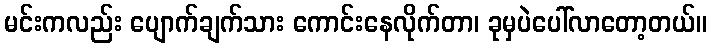
မင်းကလည်း ပျောက်ချက်သား ကောင်းနေလိုက်တာ၊ ခုမှပဲပေါ်လာတော့တယ်။